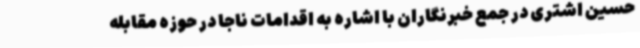
حسین اشتری در جمع خبرنگاران با اشاره به اقدامات ناجا در حوزه مقابله